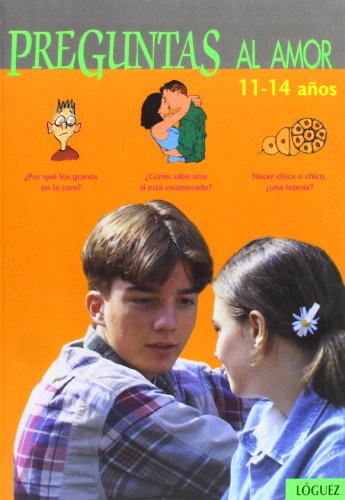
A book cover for Preguntas Al Amor (Spanish Edition); Virginie Dumont; Teen & Young Adult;